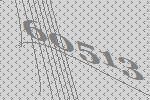
60513